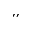
^ { \prime \prime }